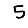
Digit: 5